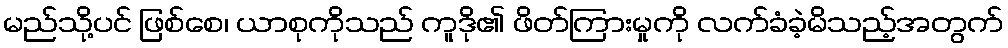
မည်သို့ပင် ဖြစ်စေ၊ ယာစုကိုသည် ကူဒို၏ ဖိတ်ကြားမှုကို လက်ခံခဲ့မိသည့်အတွက်